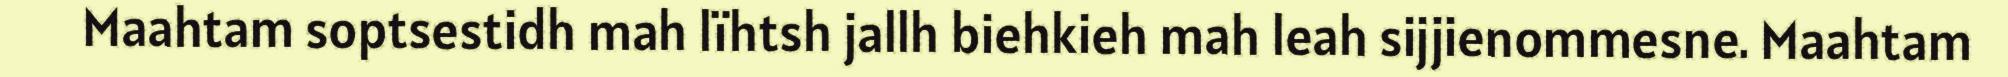
Maahtam soptsestidh mah lïhtsh jallh biehkieh mah leah sijjienommesne. Maahtam